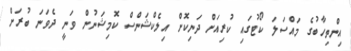
އިންތިހާބުގެ މައްސަލަ ކޯޓުގައި ކުރިއަށް ދަނިކޮށް އިލެކްޝަންސް ކޮމިޝަނުން ވަނީ ދެވަނަ ބުރަށް